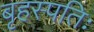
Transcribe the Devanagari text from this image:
बृहस्पतिः